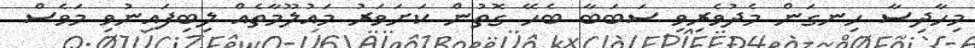
މިހާދިސާ ހިނގަން މެދުވެރިވި ސަބަބާ ބެހޭ ގޮތުން ކަށަވަރު މައުލޫމާތެއް ލިބިފައިނުވި މަވެސް